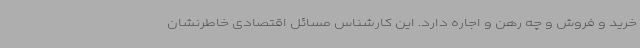
خرید و فروش و چه رهن و اجاره دارد. این کارشناس مسائل اقتصادی خاطرنشان